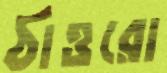
ঠাওরো